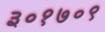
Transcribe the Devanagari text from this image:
३०१७०९